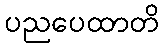
ပညပေထာတိ